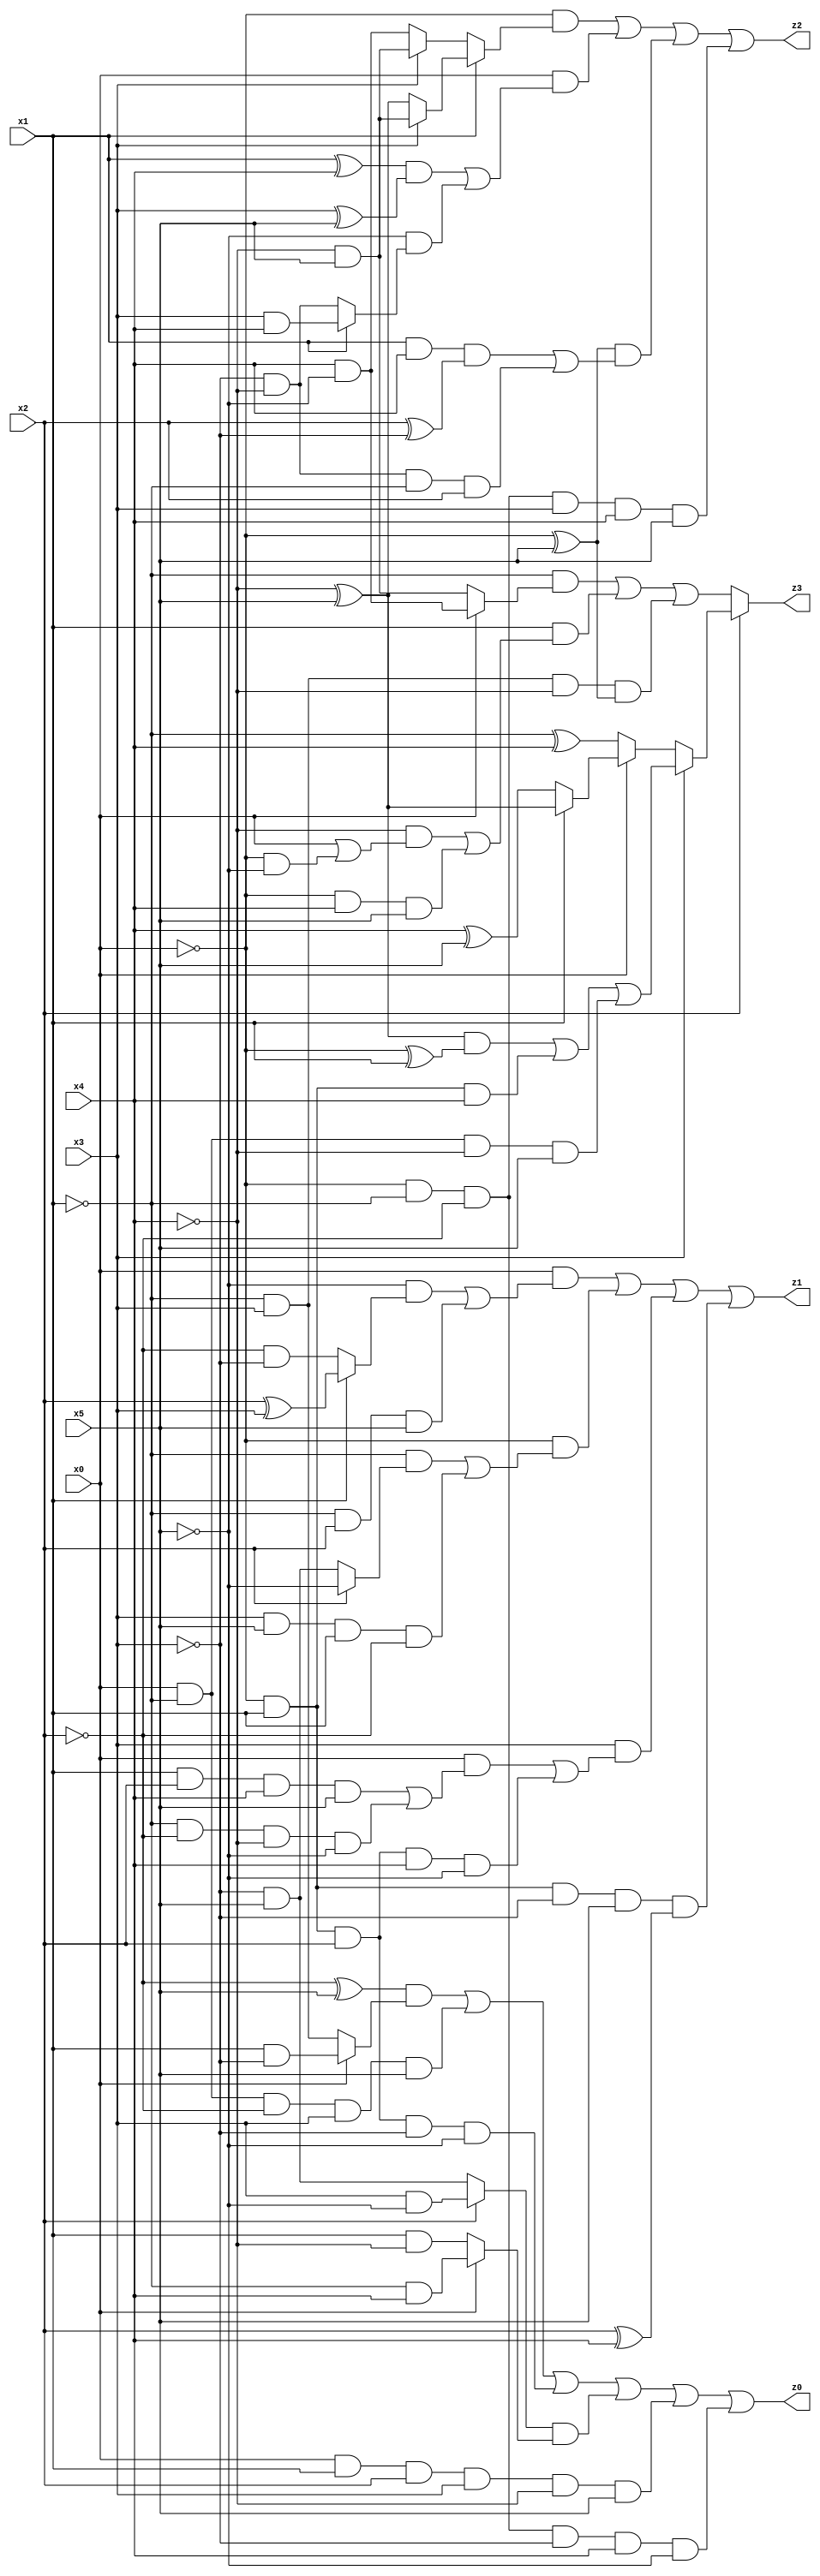
// Benchmark "q_1" written by ABC on Tue Jul 11 03:36:12 2023

module q_1 ( 
    x0, x1, x2, x3, x4, x5,
    z0, z1, z2, z3  );
  input  x0, x1, x2, x3, x4, x5;
  output z0, z1, z2, z3;
  assign z0 = ((~x2 ^ x5) & (x0 ? (x1 & ~x3) : (~x1 & x3))) | (x0 & ~x1 & ~x2 & x3 & x5) | (~x0 & x1 & x2 & ~x3 & ~x5) | ((x2 ? (x3 & ~x5) : (~x3 & x5)) & (x0 ? (~x1 & x4) : (x1 & ~x4))) | (x0 & x1 & x2 & x3 & ~x4 & x5) | (~x0 & ~x1 & ~x2 & ~x3 & x4 & ~x5);
  assign z1 = (x0 & ((~x5 & (x1 ? (x2 ^ x3) : (~x2 & ~x3))) | (~x1 & x2 & x5))) | (~x0 & ((~x1 & (x2 ? ~x5 : (~x3 & x5))) | (x3 & x5 & x1 & ~x2))) | (x3 & ((x0 & ((x1 & x2 & x4 & x5) | (~x1 & ~x2 & ~x4 & ~x5))) | (~x0 & x1 & x2 & x4 & ~x5))) | (~x0 & x1 & ~x3 & x5 & (x2 ^ x4));
  assign z2 = (~x0 & (x1 ? (x3 ? (~x4 & x5) : (~x4 ^ x5)) : (x3 ? (~x4 & x5) : (x4 & ~x5)))) | (x0 & (((x1 ^ x4) & (x3 ^ x5)) | (~x5 & (x1 ? (x3 & x4) : (~x3 & ~x4))))) | ((~x0 ^ x5) & ((x1 & x4 & (x2 ^ ~x3)) | (~x3 & ~x4 & ~x1 & x2))) | (~x0 & ~x1 & ~x2 & x3 & x4 & x5);
  assign z3 = x2 ? (x3 ? (((~x4 ^ x5) & (~x0 ^ x1)) | (~x0 & x1 & x4) | (x0 & ~x1 & ~x4 & x5)) : (x0 ? (x1 ? (~x4 ^ x5) : (x4 ^ x5)) : (~x1 ^ x4))) : ((~x1 & (x0 ? (x4 & ~x5) : (~x4 & x5))) | (x1 & ((~x4 & (x0 | (~x0 & ~x5))) | (~x0 & x4 & x5))) | (~x1 & x3 & ~x4 & (~x0 ^ x5)));
endmodule